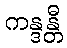
ကန္ဒန္တီ